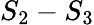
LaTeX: S_{2}-S_{3}